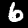
Label: 6